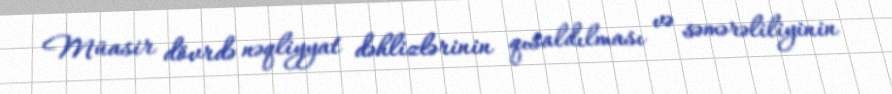
Müasir dövrdə nəqliyyat dəhlizlərinin qısaldılması və səmərəliliyinin